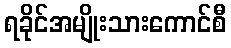
ရခိုင်အမျိုးသားကောင်စီ